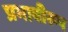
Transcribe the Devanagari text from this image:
प्रभावीरूप